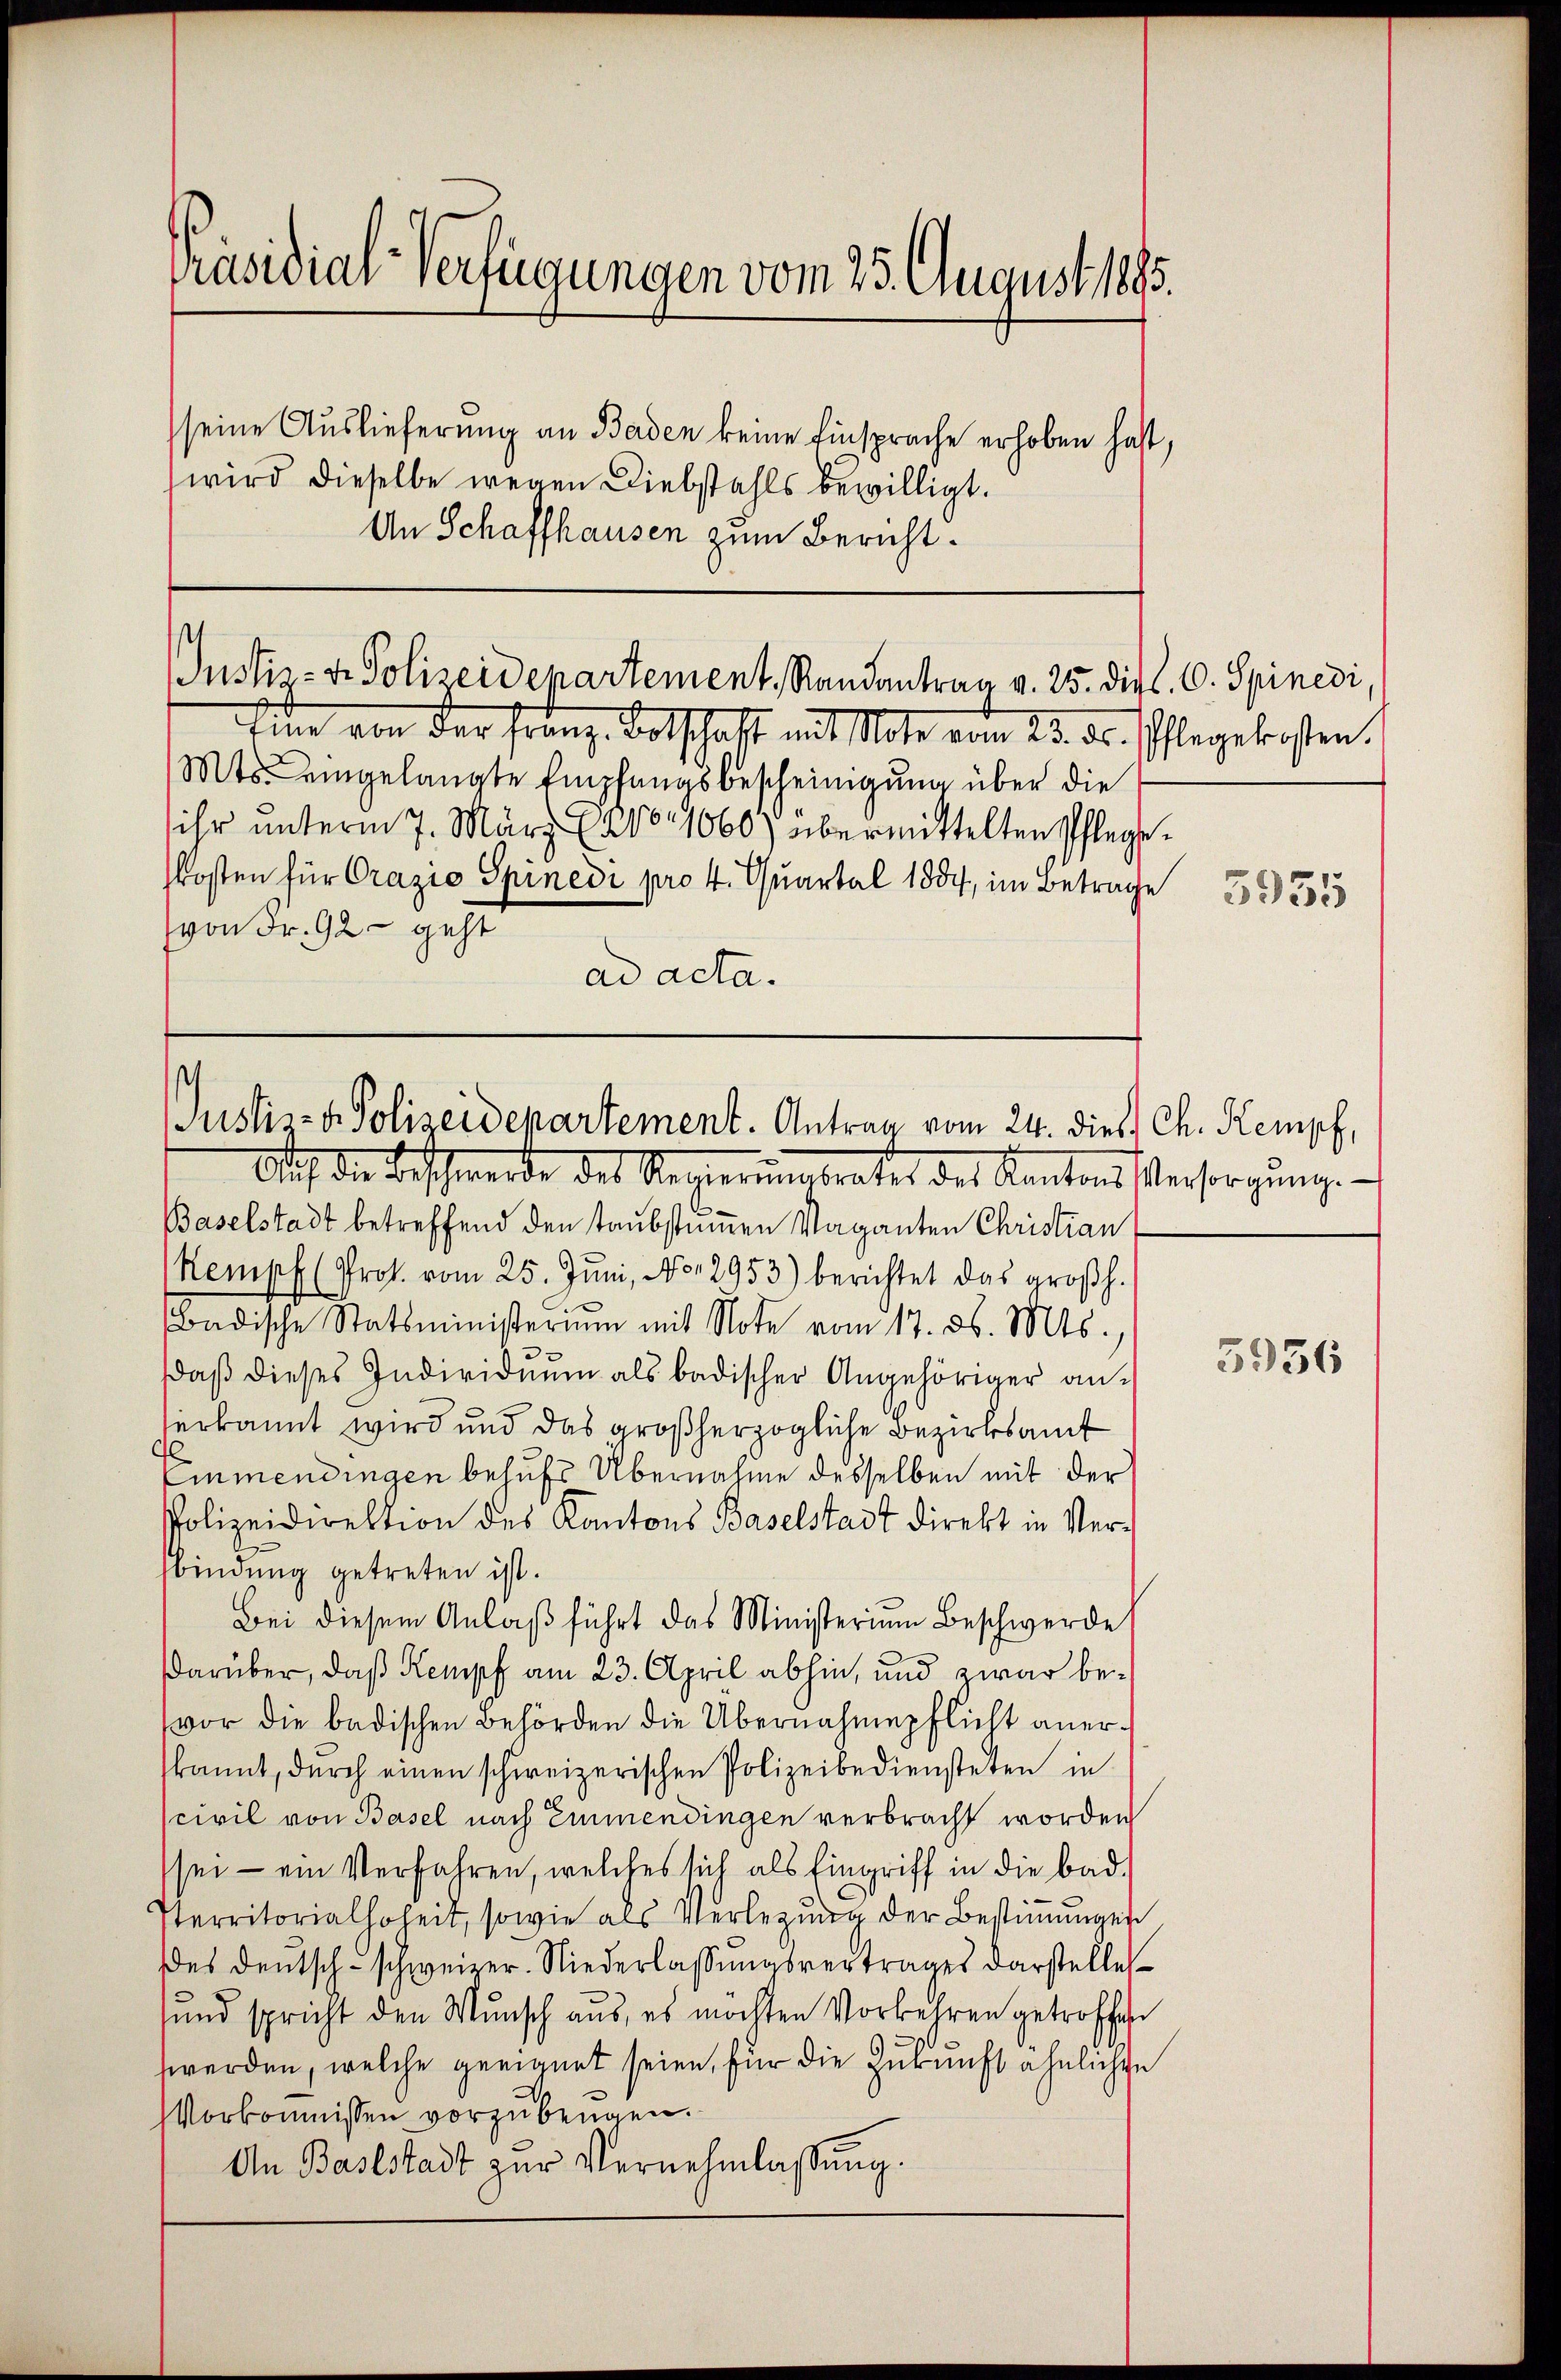
Präsidial-Verfügungen vom 25. August 1895.
seine Auslieferung an Baden keine Einsprache erhoben hast,
wird dieselbe wegen Diebstahls bewilligt.

An Schaffhausen zum Bericht.

Justiz- & Polizeidepartement, Randantrag v. 25. dipl. 6. Spinedi,

Justiz- & Polizeidepartement. Antrag vom 24. dieß Ch. Kempf,

Auf die Beschwerde des Regierungsrates des Kantonsstersorgŭng.
Baselstadt betreffend den taubstummen Vaganten Christian
Kempf (Prot. vom 25. Jŭni, No. 2953) berichtet das großh.
Badische Statsministerium mit Note vom 17. d. Mts.,
daβ dieses Individuum als badischer Angehöriger an-
erkannt wird und das großherzogliche Bezirksamt
Einmendingen behufs Übernahme desselben mit der
Polizeidirektion des Kantons Baselstadt direkt in Verfbindung getreten ist.
Bei diesem Anlaß führt das Ministerium Beschwerde
darüber, daß Kempf am 23. April abhin, und zwar bevor die badischen Behörden die Übernahmepflicht anerkannt, dŭrch einen schweizerischen Polizeibediensteten in
civil von Basel nach Einmendingen verbracht worden
sei - ein Verfahren, welches sich als Eingriff in die bad.
sterritorialhoheit, sowie als Verlegung der Bestimmungen
des deŭtsch-schweizer. Niederlassŭngsvertrages darstelle
und spricht den Wunsch aus, es möchten Vorkehren getroffen
werden, welche geeignet seien, für die Zukunft ähnlichen
Vorkommissen vorzubeugen.
An Baselstadt zur Vernehmlassung.

di von der Franz- Botschaft mit Note vom 23. ds. Pflegekosten.
Mts. eingelangte Empfangsbescheinigung über die
ihr unterm 7. März 18101/060) übermittelten Pflegekosten für Grazio Spinedi pro 4. Quartal 1884, im Betrage
von Fr. 92 geht
ad acta.

5935

3956